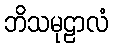
ဘိသမုဠာလံ